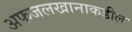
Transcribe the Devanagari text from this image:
अफजलखानाकडील